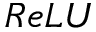
R e L U